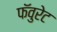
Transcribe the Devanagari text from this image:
फॅवुरेट